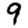
Digit: 9